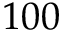
1 0 0